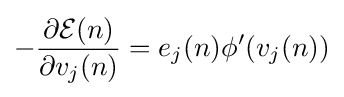
-{\frac {\partial {\mathcal {E}}(n)}{\partial v_{j}(n)}}=e_{j}(n)\phi ^{\prime }(v_{j}(n))